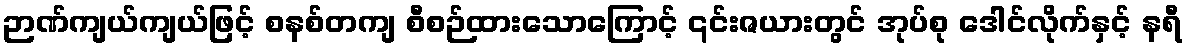
ဉာဏ်ကျယ်ကျယ်ဖြင့် စနစ်တကျ စီစဉ်ထားသောကြောင့် ၎င်းဇယားတွင် အုပ်စု ဒေါင်လိုက်နှင့် နရီ